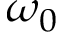
\omega _ { 0 }